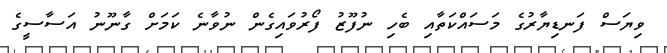
ވިޔަސް ފަނޑިޔާރުގެ މަސައްކަތާއި ބެހި ނުފޫޒު ފޯރުވައިގެން ނުވާނެ ކަމަށް ގާނޫނު އަސާސީގެ